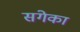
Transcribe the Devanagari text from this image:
संगेका